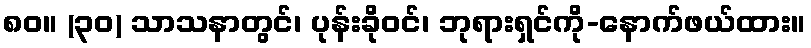
၈၀။ (၃၀) သာသနာတွင်၊ ပုန်းခိုဝင်၊ ဘုရားရှင်ကို-နောက်ဖယ်ထား။